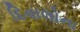
દિવાલોના